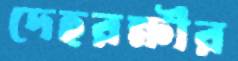
দেহরক্ষীর